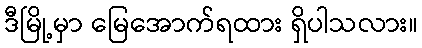
ဒီမြို့မှာ မြေအောက်ရထား ရှိပါသလား။